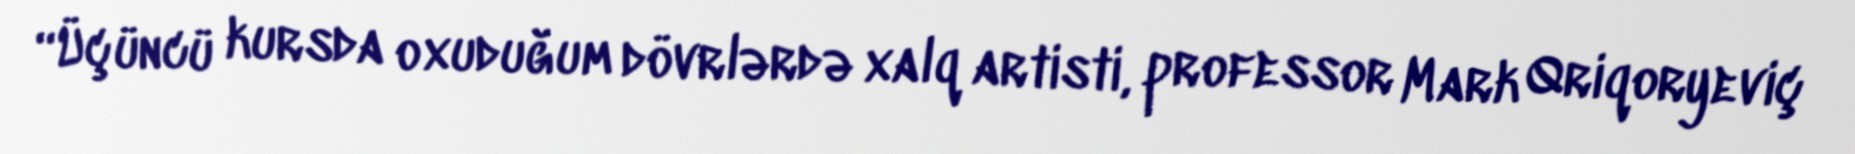
“Üçüncü kursda oxuduğum dövrlərdə xalq artisti, professor Mark Qriqoryeviç